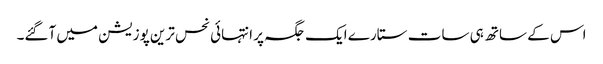
اس کے ساتھ ہی سات ستارے ایک جگہ پر انتہائی نحس ترین پوزیشن میں آگئے۔